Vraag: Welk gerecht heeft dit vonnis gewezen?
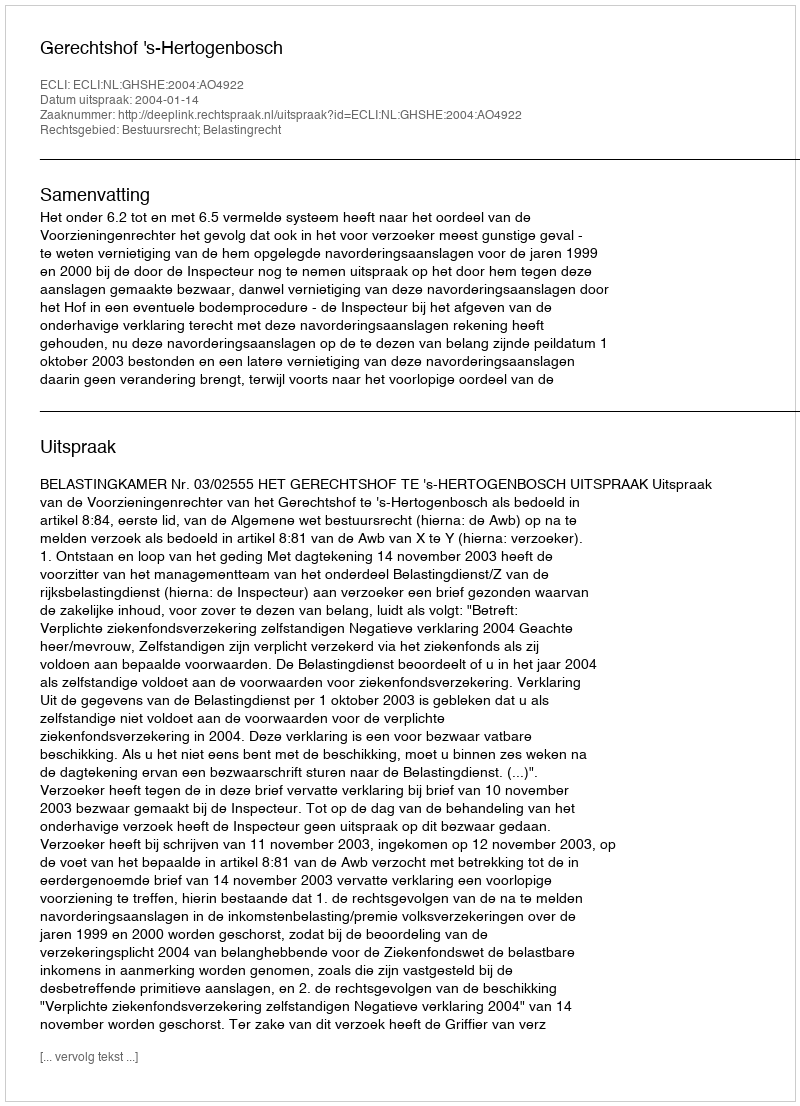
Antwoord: Gerechtshof 's-Hertogenbosch